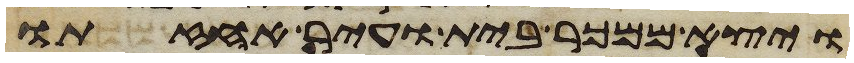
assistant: ויצא ממכר בית ועיר אחזתו